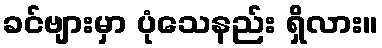
ခင်ဗျားမှာ ပုံသေနည်း ရှိလား။